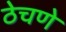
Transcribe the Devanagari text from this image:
ठेचणे